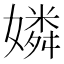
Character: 嫾